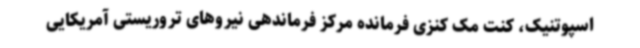
اسپوتنیک، کنت مک کنزی فرمانده مرکز فرماندهی نیروهای تروریستی آمریکایی